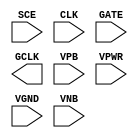
/**
 * Copyright 2020 The SkyWater PDK Authors
 *
 * Licensed under the Apache License, Version 2.0 (the "License");
 * you may not use this file except in compliance with the License.
 * You may obtain a copy of the License at
 *
 *     https://www.apache.org/licenses/LICENSE-2.0
 *
 * Unless required by applicable law or agreed to in writing, software
 * distributed under the License is distributed on an "AS IS" BASIS,
 * WITHOUT WARRANTIES OR CONDITIONS OF ANY KIND, either express or implied.
 * See the License for the specific language governing permissions and
 * limitations under the License.
 *
 * SPDX-License-Identifier: Apache-2.0
 */

`ifndef SKY130_FD_SC_HD__SDLCLKP_PP_SYMBOL_V
`define SKY130_FD_SC_HD__SDLCLKP_PP_SYMBOL_V

/**
 * sdlclkp: Scan gated clock.
 *
 * Verilog stub (with power pins) for graphical symbol definition
 * generation.
 *
 * WARNING: This file is autogenerated, do not modify directly!
 */

`timescale 1ns / 1ps
`default_nettype none

(* blackbox *)
module sky130_fd_sc_hd__sdlclkp (
    //# {{scanchain|Scan Chain}}
    input  SCE ,

    //# {{clocks|Clocking}}
    input  CLK ,
    input  GATE,
    output GCLK,

    //# {{power|Power}}
    input  VPB ,
    input  VPWR,
    input  VGND,
    input  VNB
);
endmodule

`default_nettype wire
`endif  // SKY130_FD_SC_HD__SDLCLKP_PP_SYMBOL_V